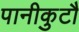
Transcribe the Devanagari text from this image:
पानीकुटौ